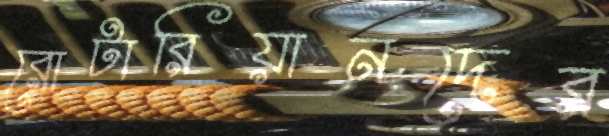
রোটারিয়ানদের